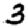
Digit: 3